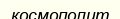
космополит